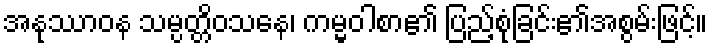
အနုဿာဝန သမ္ပတ္တိဝသနေ၊ ကမ္မဝါစာ၏ ပြည့်စုံခြင်း၏အစွမ်းဖြင့်။